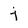
Character: j